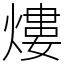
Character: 熡